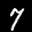
Label: 7